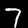
Digit: 7